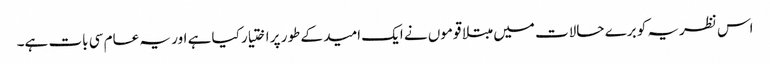
اس نظریہ کو برے حالات میں مبتلا قوموں نے ایک امید کے طور پر اختیار کیا ہے اور یہ عام سی بات ہے۔